Report of the Bombay Veterinary College
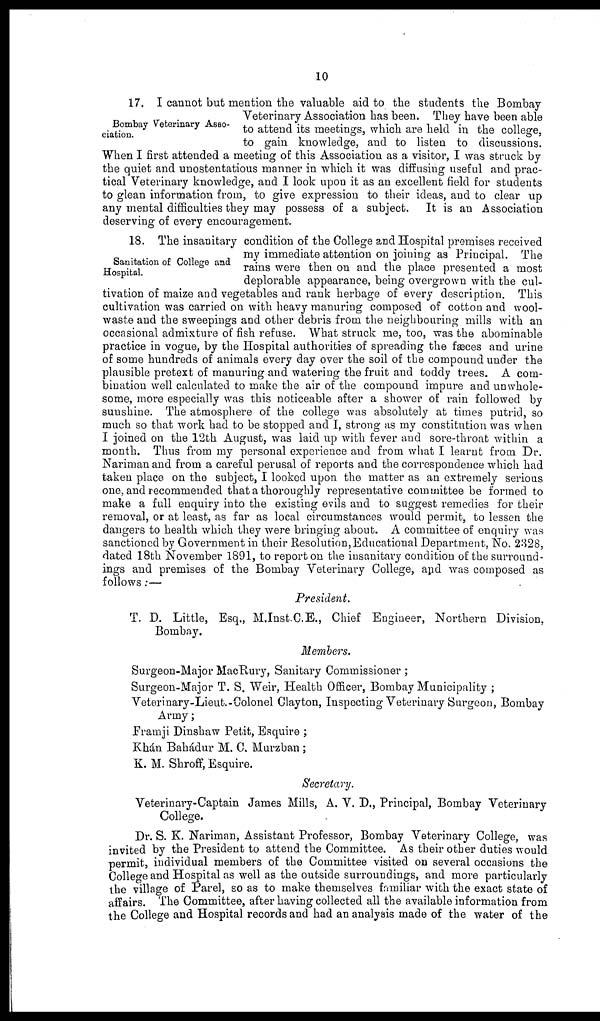
10
Bombay Veterinary Asso-
ciation.
17. I cannot but mention the valuable aid to the students the Bombay
Veterinary Association has been. They have been able
to attend its meetings, which are held in the college,
to gain knowledge, and to listen to discussions.
When I first attended a meeting of this Association as a visitor, I was struck by
the quiet and unostentatious manner in which it was diffusing useful and prac-
tical Veterinary knowledge, and I look upon it as an excellent field for students
to glean information from, to give expression to their ideas, and to clear up
any mental difficulties they may possess of a subject. It is an Association
deserving of every encouragement.
Sanitation of College and
Hospital.
18. The insanitary condition of the College and Hospital premises received
my immediate attention on joining as Principal. The
rains were then on and the place presented a most
deplorable appearance, being overgrown with the cul-
tivation of maize and vegetables and rank herbage of every description. This
cultivation was carried on with heavy manuring composed of cotton and wool-
waste and the sweepings and other debris from the neighbouring mills with an
occasional admixture of fish refuse. What struck me, too, was the abominable
practice in vogue, by the Hospital authorities of spreading the fæces and urine
of some hundreds of animals every day over the soil of the compound under the
plausible pretext of manuring and watering the fruit and toddy trees. A com-
bination well calculated to make the air of the compound impure and unwhole-
some, more especially was this noticeable after a shower of rain followed by
sunshine. The atmosphere of the college was absolutely at times putrid, so
much so that work had to be stopped and I, strong as my constitution was when
I joined on the 12th August, was laid up with fever and sore-throat within a
month. Thus from my personal experience and from what I learnt from Dr.
Nariman and from a careful perusal of reports and the correspondence which had
taken place on the subject, I looked upon the matter as an extremely serious
one, and recommended that a thoroughly representative committee be formed to
make a full enquiry into the existing evils and to suggest remedies for their
removal, or at least, as far as local circumstances would permit, to lessen the
dangers to health which they were bringing about. A committee of enquiry was
sanctioned by Government in their Resolution, Educational Department, No. 2328,
dated 18th November 1891, to report on the insanitary condition of the surround-
ings and premises of the Bombay Veterinary College, and was composed as
follows:—
President.
T. D. Little, Esq., M.Inst.C.E., Chief Engineer, Northern Division,
Bombay.
Members.
Surgeon-Major MacRury, Sanitary Commissioner ;
Surgeon-Major T. S. Weir, Health Officer, Bombay Municipality ;
Veterinary-Lieut.-Colonel Clayton, Inspecting Veterinary Surgeon, Bombay
Army;
Framji Dinshaw Petit, Esquire ;
Khán Bahádur M. C. Murzban ;
K. M. Shroff, Esquire.
Secretary.
Veterinary-Captain James Mills, A. V. D., Principal, Bombay Veterinary
College.
Dr. S. K. Nariman, Assistant Professor, Bombay Veterinary College, was
invited by the President to attend the Committee. As their other duties would
permit, individual members of the Committee visited on several occasions the
College and Hospital as well as the outside surroundings, and more particularly
the village of Parel, so as to make themselves familiar with the exact state of
affairs. The Committee, after having collected all the available information from
the College and Hospital records and had an analysis made of the water of the